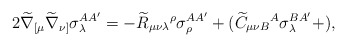
\begin{align*}2\widetilde{\nabla }_{[\mu }\widetilde{\nabla }_{\nu ]}\sigma _{\lambda}^{AA^{\prime }}=-\widetilde{R}_{\mu \nu \lambda }{}^{\rho }\sigma _{\rho}^{AA^{\prime }}+(\widetilde{C}_{\mu \nu B}{}^{A}\sigma _{\lambda}^{BA^{\prime }}+), \end{align*}